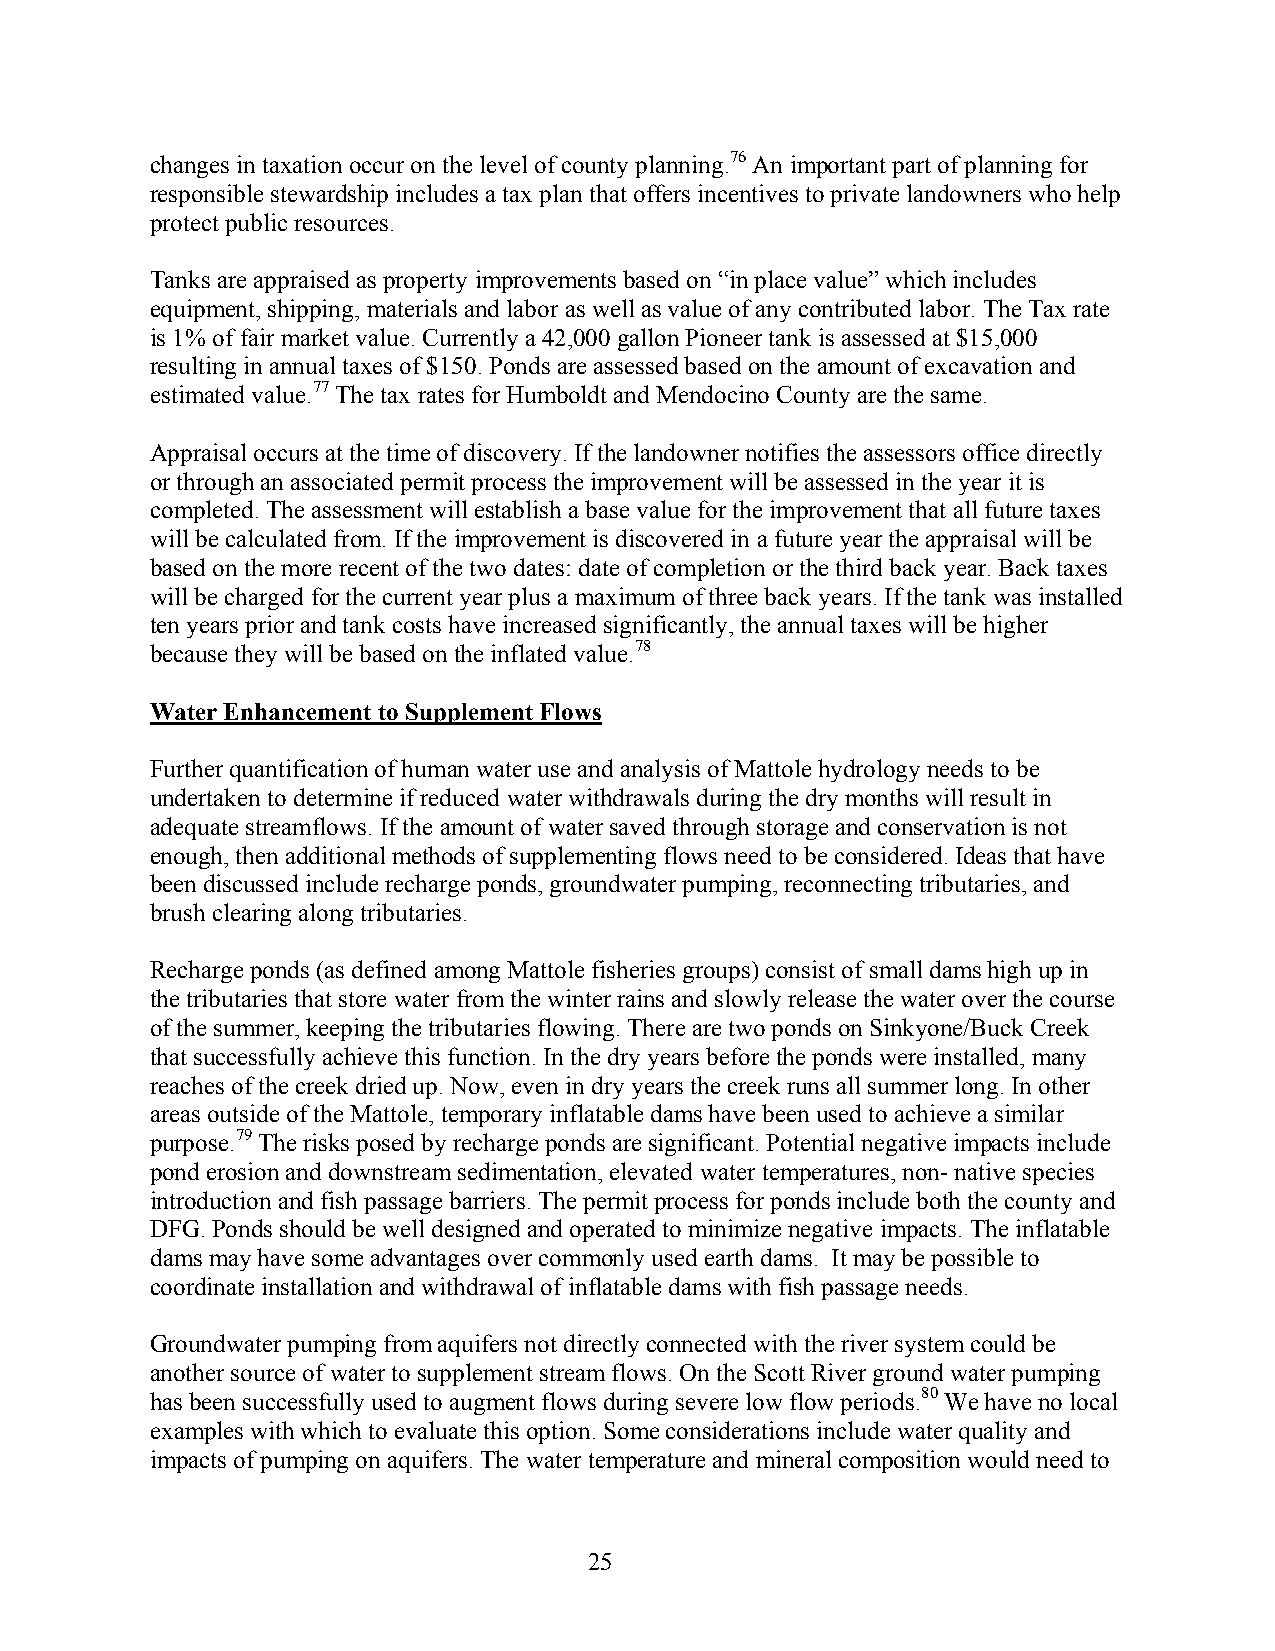
changes in taxation occur on the level of county planning.76 An important part of planning for
 responsible stewardship includes a tax plan that offers incentives to private landowners who help
 protect public resources.
 Tanks are appraised as property improvements based on “in place value” which includes
 equipment, shipping, materials and labor as well as value of any contributed labor. The Tax rate
 is 1% of fair market value. Currently a 42,000 gallon Pioneer tank is assessed at $15,000
 resulting in annual taxes of $150. Ponds are assessed based on the amount of excavation and
 estimated value.77 The tax rates for Humboldt and Mendocino County are the same.
 Appraisal occurs at the time of discovery. If the landowner notifies the assessors office directly
 or through an associated permit process the improvement will be assessed in the year it is
 completed. The assessment will establish a base value for the improvement that all future taxes
 will be calculated from. If the improvement is discovered in a future year the appraisal will be
 based on the more recent of the two dates: date of completion or the third back year. Back taxes
 will be charged for the current year plus a maximum of three back years. If the tank was installed
 ten years prior and tank costs have increased significantly, the annual taxes will be higher
 because they will be based on the inflated value.78
 Water Enhancement to Supplement Flows
 Further quantification of human water use and analysis of Mattole hydrology needs to be
 undertaken to determine if reduced water withdrawals during the dry months will result in
 adequate streamflows. If the amount of water saved through storage and conservation is not
 enough, then additional methods of supplementing flows need to be considered. Ideas that have
 been discussed include recharge ponds, groundwater pumping, reconnecting tributaries, and
 brush clearing along tributaries.
 Recharge ponds (as defined among Mattole fisheries groups) consist of small dams high up in
 the tributaries that store water from the winter rains and slowly release the water over the course
 of the summer, keeping the tributaries flowing. There are two ponds on Sinkyone/Buck Creek
 that successfully achieve this function. In the dry years before the ponds were installed, many
 reaches of the creek dried up. Now, even in dry years the creek runs all summer long. In other
 areas outside of the Mattole, temporary inflatable dams have been used to achieve a similar
 purpose.79 The risks posed by recharge ponds are significant. Potential negative impacts include
 pond erosion and downstream sedimentation, elevated water temperatures, non- native species
 introduction and fish passage barriers. The permit process for ponds include both the county and
 DFG. Ponds should be well designed and operated to minimize negative impacts. The inflatable
 dams may have some advantages over commonly used earth dams. It may be possible to
 coordinate installation and withdrawal of inflatable dams with fish passage needs.
 Groundwater pumping from aquifers not directly connected with the river system could be
 another source of water to supplement stream flows. On the Scott River ground water pumping
 has been successfully used to augment flows during severe low flow periods.80 We have no local
 examples with which to evaluate this option. Some considerations include water quality and
 impacts of pumping on aquifers. The water temperature and mineral composition would need to
 25